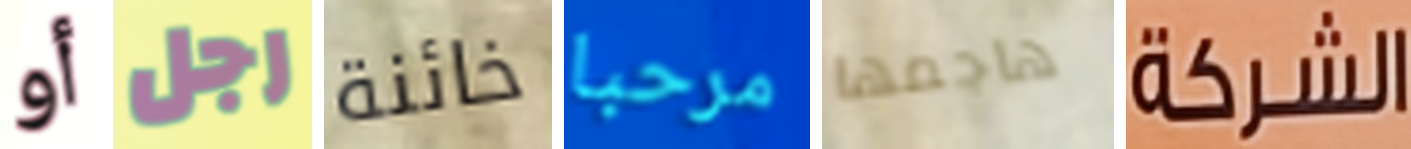
أو رجل خائنة مرحبا هاجمها الشركة